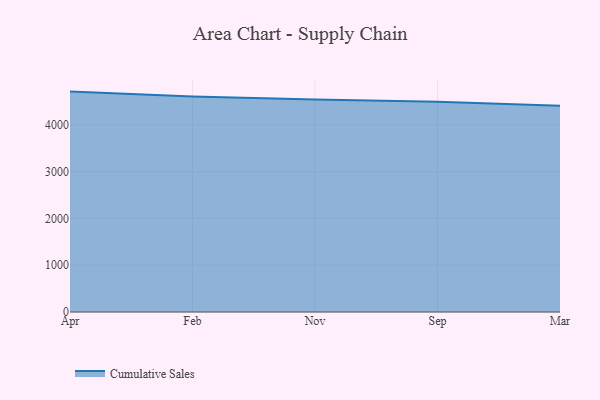
{"axis": {"x": "Month", "y": "Production Output"}, "legend": ["Cumulative Sales"], "data": [{"x": "Apr", "y": 4710.9, "type": "Cumulative Sales"}, {"x": "Feb", "y": 4608.7, "type": "Cumulative Sales"}, {"x": "Nov", "y": 4539.9, "type": "Cumulative Sales"}, {"x": "Sep", "y": 4495.0, "type": "Cumulative Sales"}, {"x": "Mar", "y": 4406.5, "type": "Cumulative Sales"}]}